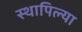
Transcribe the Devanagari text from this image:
स्थापिल्या